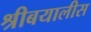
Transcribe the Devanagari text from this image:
श्रीबयालीस